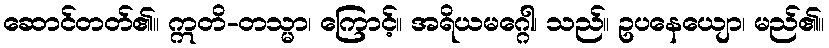
ဆောင်တတ်၏။ ဣတိ-တသ္မာ၊ ကြောင့်။ အရိယမဂ္ဂေါ၊ သည်။ ဥပနေယျော၊ မည်၏။